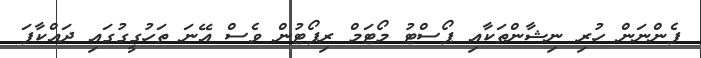
ފެންނަން ހުރި ނިޝާންތަކާއި ޕޯސްޓު މޯޓަމް ރިޕޯޓުން ވެސް އޭނަ ތަހުގީގުގައި ދައްކާފަ